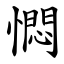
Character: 㦖